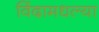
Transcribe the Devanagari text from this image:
विंदामधल्या